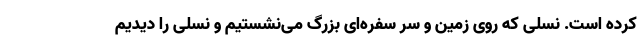
کرده است. نسلی که روی زمین و سر سفره‌ای بزرگ می‌نشستیم و نسلی را دیدیم